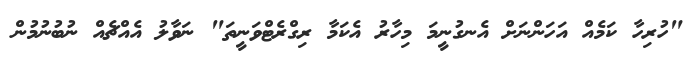
"ހުރިހާ ކަމެއް އަހަންނަށް އެނގުނީމަ މިހާރު އެކަމާ ރިގްރެޓްވަނީތަ" ނަވާލު އެއްޗެއް ނުބުނުމުން